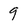
Character: 9